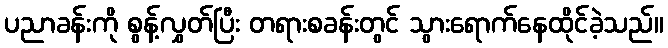
ပညာခန်းကို စွန့်လွှတ်ပြီး တရားစခန်းတွင် သွားရောက်နေထိုင်ခဲ့သည်။